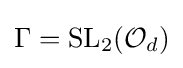
\Gamma ={\text{SL}}_{2}({\mathcal {O}}_{d})